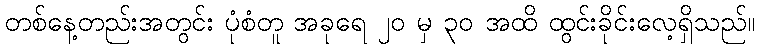
တစ်နေ့တည်းအတွင်း ပုံစံတူ အခုရေ ၂၀ မှ ၃၀ အထိ ထွင်းခိုင်းလေ့ရှိသည်။